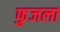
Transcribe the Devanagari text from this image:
फुजला